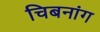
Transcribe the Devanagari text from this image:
चिबनांग